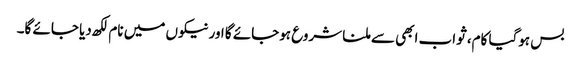
بس ہوگیا کام، ثواب ابھی سے ملنا شروع ہوجائے گا اور نیکوں میں نام لکھ دیا جائے گا۔